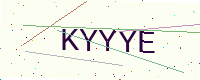
Text: KYYYE